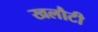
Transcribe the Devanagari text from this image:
खलौटी